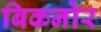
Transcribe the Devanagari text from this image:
बिकनोर